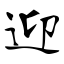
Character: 迎